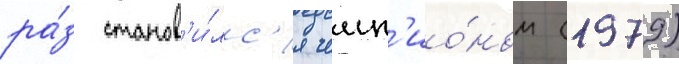
ра́з станов'и́лс'я чемп'ио́ном (1979)